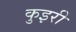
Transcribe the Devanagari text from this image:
कुइरी